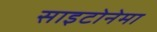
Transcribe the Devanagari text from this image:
साइटोनेमा